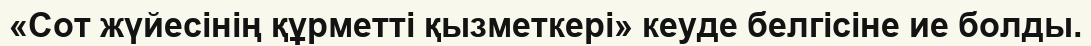
«Сот жүйесінің құрметті қызметкері» кеуде белгісіне ие болды.